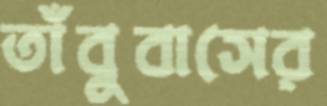
তাঁবুবাসের